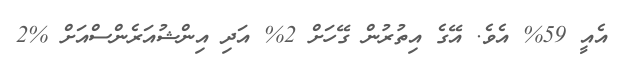
އެއީ 59% އެވެ. އޭގެ އިތުރުން ގޭހަށް 2% އަދި އިންޝުއަރެންސްއަށް %2